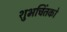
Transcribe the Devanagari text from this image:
शुभचिंतको